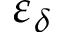
\varepsilon _ { \delta }